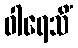
ဝါရေသိံ